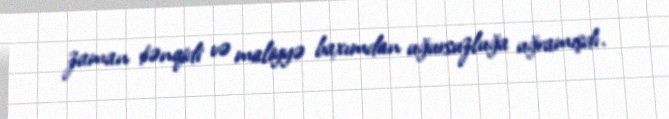
zaman tənqidi və maliyyə baxımdan uğursuzluğa uğramışdı.